Report on vaccination in the Province of Bengal - 1874-1889
Year: 1874
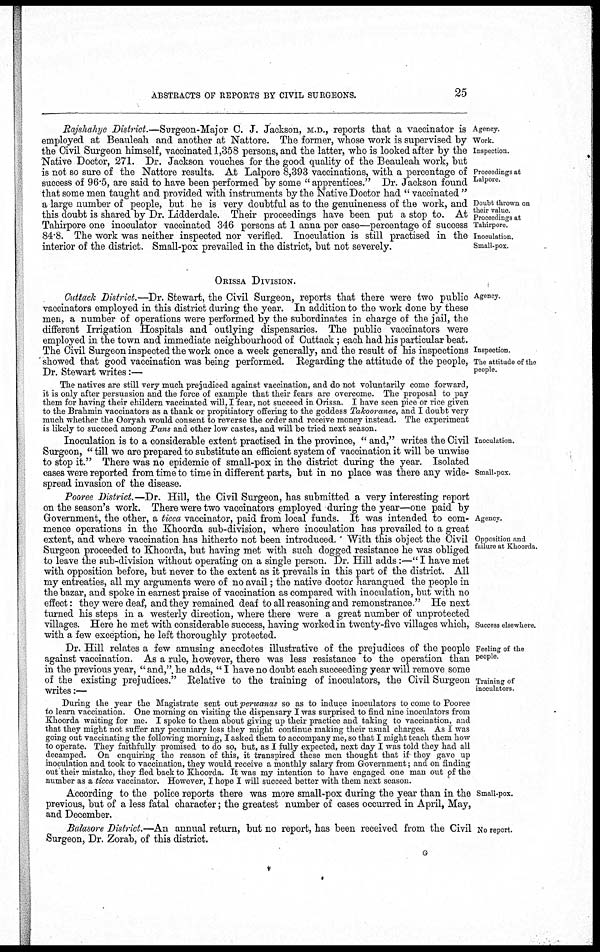
ABSTRACTS OF REPORTS BY CIVIL SURGEONS.
25
Agency.
Work.
Inspection.
Proceedings at
Lalpore.
Doubt thrown on
their value
Proceedings at
Tahirpore.
Inoculation.
Small-pox.
Rajshahye District.—Surgeon-Major C. J. Jackson, M.D., reports that a vaccinator is
employed at Beauleah and another at Nattore. The former, whose work is supervised by
the Civil Surgeon himself, vaccinated 1,358 persons, and the latter, who is looked after by the
Native Doctor, 271. Dr. Jackson vouches for the good quality of the Beauleah work, but
is not so sure of the Nattore results. At Lalpore 8,393 vaccinations, with a percentage of
success of 96.5, are said to have been performed by some " apprentices." Dr. Jackson found
that some men taught and provided with instruments by the Native Doctor had " vaccinated "
a large number of people, but he is very doubtful as to the genuineness of the work, and
this doubt is shared by Dr. Lidderdale. Their proceedings have been put a stop to. At
Tahirpore one inoculator vaccinated 346 persons at 1 anna per case—percentage of success
84.8. The work was neither inspected nor verified. Inoculation is still practised in the
interior of the district. Small-pox prevailed in the district, but not severely.
ORISSA DIVISION.
Agency.
Inspection.
The attitude of the
people.
Cuttack District.—Dr. Stewart, the Civil Surgeon, reports that there were two public
vaccinators employed in this district during the year. In addition to the work done by these
men, a number of operations were performed by the subordinates in charge of the jail, the
different Irrigation Hospitals and outlying dispensaries. The public vaccinators were
employed in the town and immediate neighbourhood of Cuttack ; each had his particular beat.
The Civil Surgeon inspected the work once a week generally, and the result of his inspections
showed that good vaccination was being performed. Regarding the attitude of the people,
Dr. Stewart writes:—
Inoculation.
Small-pox.
The natives are still very much prejudiced against vaccination, and do not voluntarily come forward,
it is only after persuasion and the force of example that their fears are overcome. The proposal to pay
them for having their childern vaccinated will, I fear, not succeed in Orissa. I have seen pice or rice given
to the Brahmin vaccinators as a thank or propitiatory offering to the goddess Takooranee, and I doubt very
much whether the Ooryah would consent to reverse the order and receive money instead. The experiment
is likely to succeed among Pans and other low castes, and will be tried next season.
Inoculation is to a considerable extent practised in the province, " and," writes the Civil
Surgeon, " till we are prepared to substitute an efficient system of vaccination it will be unwise
to stop it." There was no epidemic of small-pox in the district during the year. Isolated
cases were reported from time to time in different parts, but in no place was there any wide-
spread invasion of the disease.
Agency.
Opposition and
failure at Khoorda.
Success elsewhere.
Pooree District.—Dr. Hill, the Civil Surgeon, has submitted a very interesting report
on the season's work. There were two vaccinators employed during the year—one paid by
Government, the other, a ticca vaccinator, paid from local funds. It was intended to com-
mence operations in the Khoorda sub-division, where inoculation has prevailed to a great
extent, and where vaccination has hitherto not been introduced.' With this object the Civil
Surgeon proceeded to Khoorda, but having met with such dogged resistance he was obliged
to leave the sub-division without operating on a single person. Dr. Hill adds:—" I have met
with opposition before, but never to the extent as it prevails in this part of the district. All
my entreaties, all my arguments were of no avail; the native doctor harangued the people in
the bazar, and spoke in earnest praise of vaccination as compared with inoculation, but with no
effect: they were deaf, and they remained deaf to all reasoning and remonstrance." He next
turned his steps in a westerly direction, where there were a great number of unprotected
villages. Here he met with considerable success, having worked in twenty-five villages which,
with a few exception, he left thoroughly protected.
Feeling of the
people.
Training of
inoculators.
Dr. Hill relates a few amusing anecdotes illustrative of the prejudices of the people
against vaccination. As a rule, however, there was less resistance to the operation than
in the previous year, " and," he adds, " I have no doubt each succeeding year will remove some
of the existing prejudices." Relative to the training of inoculators, the Civil Surgeon
writes:—
During the year the Magistrate sent out perwanas so as to induce inoculators to come to Pooree
to learn vaccination. One morning on visiting the dispensary I was surprised to find nine inoculators from
Khoorda waiting for me. I spoke to them about giving up their practice and taking to vaccination, and
that they might not suffer any pecuniary loss they might continue making their usual charges. As I was
going out vaccinating the following morning, I asked them to accompany me, so that I might teach them how
to operate. They faithfully promised to do so, but, as I fully expected, next day I was told they had all
decamped. On enquiring the reason of this, it transpired, these men thought that if they gave up
inoculation and took to vaccination, they would receive a monthly salary from Government; and on finding
out their mistake, they fled back to Khoorda. It was my intention to have engaged one man out of the
number as a ticca vaccinator. However, I hope I will succeed better with them next season.
Small-pox.
According to the police reports there was more small-pox during the year than in the
previous, but of a less fatal character; the greatest number of cases occurred in April, May,
and December.
No report.
Balasore District.—An annual return, but no report, has been received from the Civil
Surgeon, Dr. Zor ab, of this district.
G